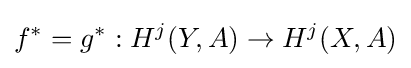
f^{*}=g^{*}:H^{j}(Y,A)\to H^{j}(X,A)